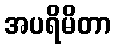
အပရိမိတာ